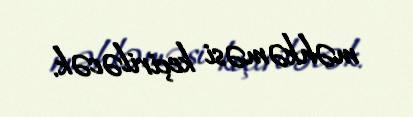
məhkəməsi keçiriləcək.